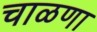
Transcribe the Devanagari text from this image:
चाळणा